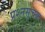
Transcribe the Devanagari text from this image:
प्रश्नसूचक